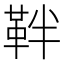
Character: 靽